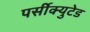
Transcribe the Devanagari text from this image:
पर्सीक्युटेड